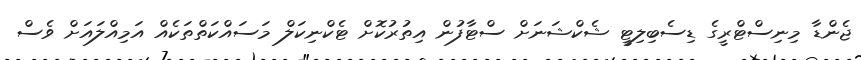
ޖެންޑާ މިނިސްޓްރީގެ ޑިސެބިލިޓީ ޝެކްޝަނަށް ސްޓާފުން އިތުރުކޮށް ޓެކްނިކަލް މަސައްކަތްތަކެއް އަމިއްލައަށް ވެސް